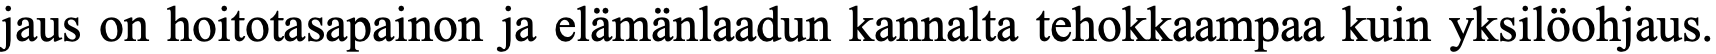
jaus on hoitotasapainon ja elämänlaadun kannalta tehokkaampaa kuin yksilöohjaus.